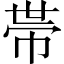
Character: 𢃄